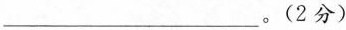
___。(2分)